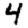
Digit: 4